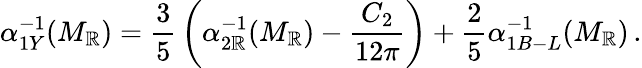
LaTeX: \alpha_{1Y}^{-1}(M_{\mathbb{R}})={\frac{{3}}{{5}}}\left(\alpha_{2\mathbb{R}}^{-1}(M_{\mathbb{R}})-{\frac{{C_{2}}}{{12\pi}}}\right)+{\frac{{2}}{{5}}}\alpha_{1B-L}^{-1}(M_{\mathbb{R}})\, .